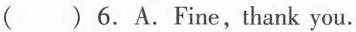
( )6.A.Fine, thank you.